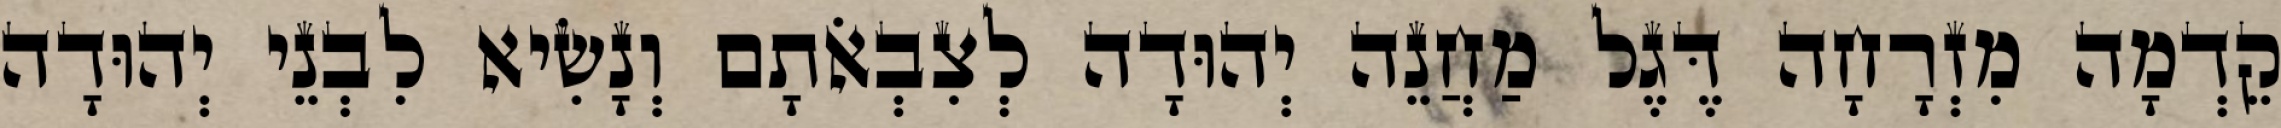
קֵדְמָה מִזְרָחָה דֶּגֶל מַחֲנֵה יְהוּדָה לְצִבְאֹתָם וְנָשִׂיא לִבְנֵי יְהוּדָה